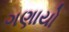
ગણાયો